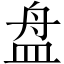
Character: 盘